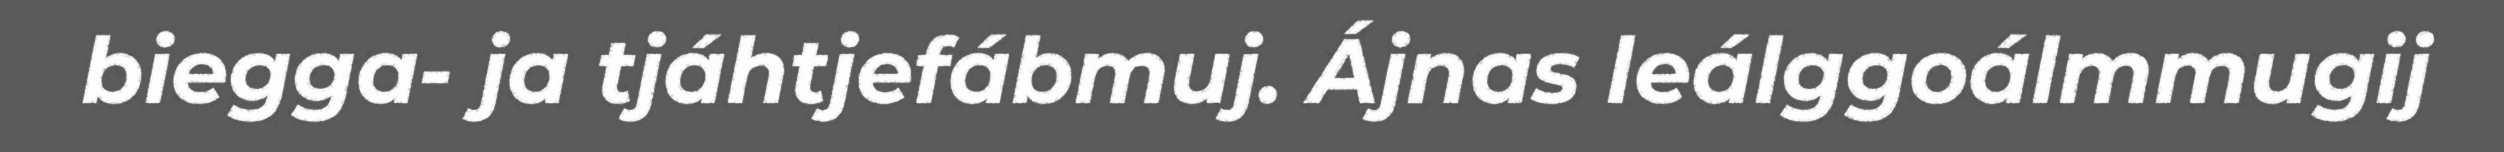
biegga- ja tjáhtjefábmuj. Ájnas leálggoálmmugij